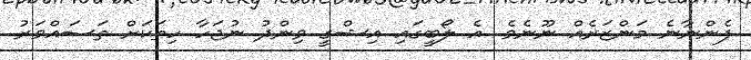
ފެންނާނެ މަންޒަރެއް ނޫނެވެ. އެ ލޯބީގައި އިޝްގީ ވިންދު ނުޖަހާ ހިތަކަށް ތަސައްވަރު